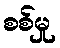
စစ်မှု